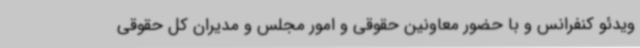
ویدئو کنفرانس و با حضور معاونین حقوقی و امور مجلس و مدیران کل حقوقی